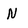
Character: N